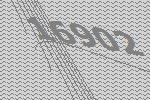
16902